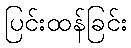
ပြင်းထန်ခြင်း